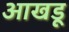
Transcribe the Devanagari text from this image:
आखडू